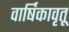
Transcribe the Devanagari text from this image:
वार्षिकावृतू